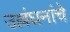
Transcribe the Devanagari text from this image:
उल्लंघनांचे